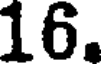
16.